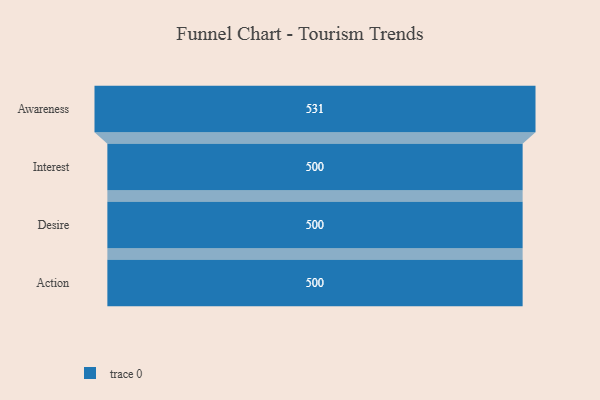
{"axis": {"x": "Stage", "y": "Value"}, "legend": [""], "data": [{"x": "Awareness", "y": 531.0, "type": ""}, {"x": "Interest", "y": 500, "type": ""}, {"x": "Desire", "y": 500, "type": ""}, {"x": "Action", "y": 500, "type": ""}]}